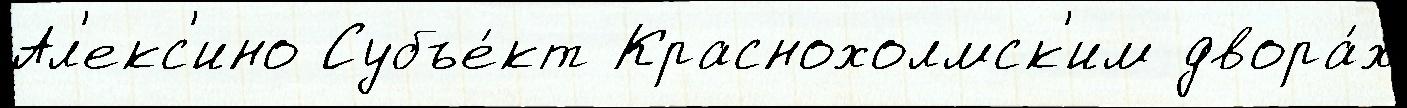
Ал'екс'ино Субъе́кт Краснохолмск'им двора́х